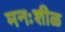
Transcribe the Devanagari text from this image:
मनःशीळ